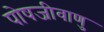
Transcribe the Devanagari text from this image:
पोषजीवाणु